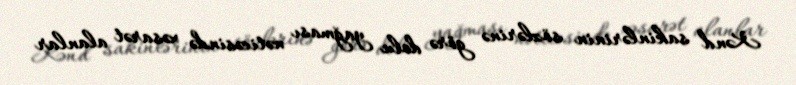
Kənd sakinlərinin sözlərinə görə dolu yağması nəticəsində xəsarət alanlar